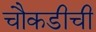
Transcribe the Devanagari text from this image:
चौकडीची